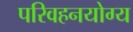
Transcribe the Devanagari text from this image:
परिवहनयोग्य